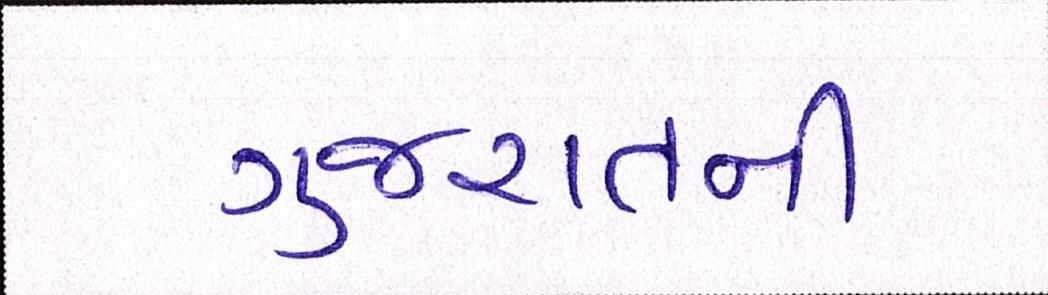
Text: ગુજરાતની